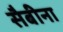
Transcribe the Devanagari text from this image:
सैबीना